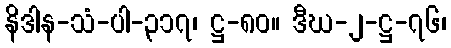
နိဒါန-သံ-ပါ-၃၁၇၊ ဋ္ဌ-၈၀။ ဒီဃ-၂-ဋ္ဌ-၇၆၊